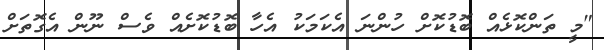
"މީ ތަންކޮޅެއް ބޮޑުކޮށް ހުންނަ އެކަމަކު އެހާ ބޮޑުކޮށެއް ވެސް ނޫން އެގޮތަށް